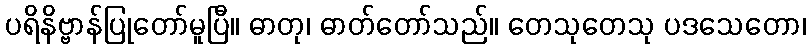
ပရိနိဗ္ဗာန်ပြုတော်မူပြီ။ ဓာတု၊ ဓာတ်တော်သည်။ တေသုတေသု ပဒသေတော၊